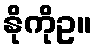
နိုကိုဥ။